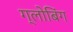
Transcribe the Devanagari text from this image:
ग्लोबिंग